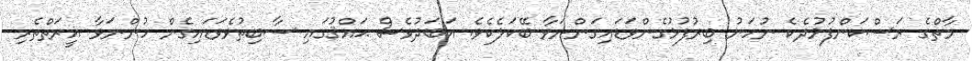
މާތްގެ ރަސްކަންފުޅުދެކެ ނުހަނު ބިރުފުޅުގެންވަޑައިގަންނަވާ ބޭކަލެކެވެ. އަބަދުވެސް ޙައްޤުގައި ސާބިތުވެވަޑައިގެން ހުންނަވާ ޣީރަތްތެރި